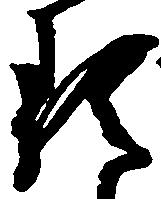
類